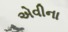
એવીના